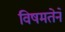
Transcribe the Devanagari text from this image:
विषमतेने